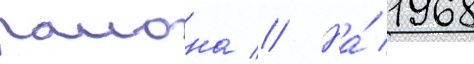
раиона // На́ 1968